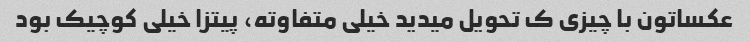
عکساتون با چیزی ک تحویل میدید خیلی متفاوته، پیتزا خیلی کوچیک بود